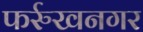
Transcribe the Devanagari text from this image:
फर्रुखनगर